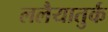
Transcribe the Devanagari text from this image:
ललैयातुर्क